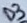
Text: D3